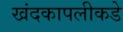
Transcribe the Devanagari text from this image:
खंदकापलीकडे